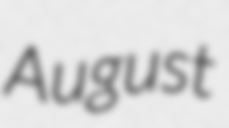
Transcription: August